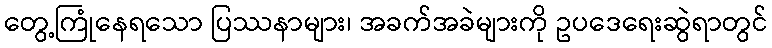
တွေ့ကြုံနေရသော ပြဿနာများ၊ အခက်အခဲများကို ဥပဒေရေးဆွဲရာတွင်